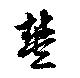
豊